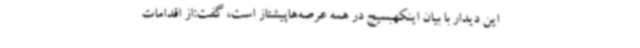
این دیدار با بیان اینکهبسیج در همه عرصه‌هاپیشتاز است، گفت:از اقدامات